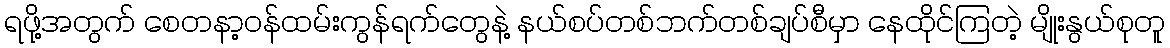
ရဖို့အတွက် စေတနာ့ဝန်ထမ်းကွန်ရက်တွေနဲ့ နယ်စပ်တစ်ဘက်တစ်ချပ်စီမှာ နေထိုင်ကြတဲ့ မျိုးနွယ်စုတူ